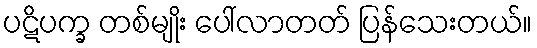
ပဋိပက္ခ တစ်မျိုး ပေါ်လာတတ် ပြန်သေးတယ်။